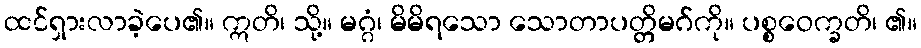
ထင်ရှားလာခဲ့ပေ၏။ ဣတိ၊ သို့။ မဂ္ဂံ၊ မိမိရသော သောတာပတ္တိမဂ်ကို။ ပစ္စဝေက္ခတိ၊ ၏။